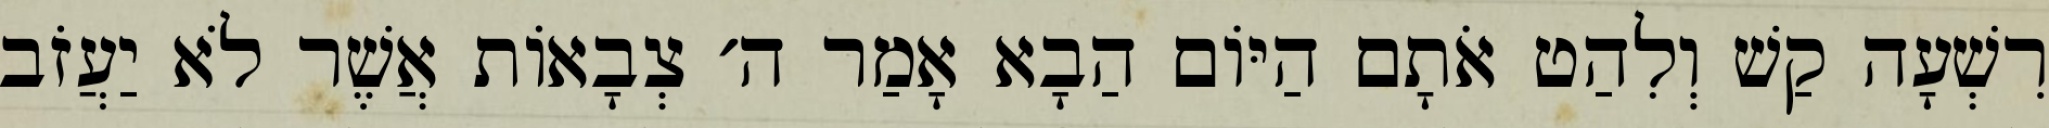
רִשְׁעָה קַשׁ וְלִהַט אֹתָם הַיּוֹם הַבָא אָמַר ה׳ צְבָאוֹת אֲשֶׁר לֹא יַעֲזֹב